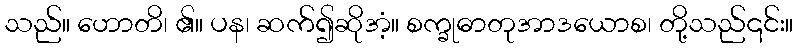
သည်။ ဟောတိ၊ ၏။ ပန၊ ဆက်၍ဆိုအံ့။ စက္ခုဓာတုအာဒယောစ၊ တို့သည်၎င်း။